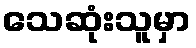
သေဆုံးသူမှာ